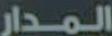
المدار